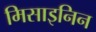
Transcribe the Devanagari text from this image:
मिसाइनिन